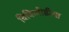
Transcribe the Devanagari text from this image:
विकिमीडीया